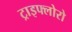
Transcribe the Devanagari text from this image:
ट्राइफ्लोरो